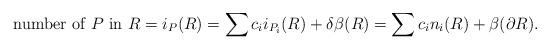
LaTeX: \begin{align*} \hbox{number of $P$ in $R$} = i_P(R) = \sum c_i i_{P_i}(R) + \delta \beta(R) = \sum c_i n_i(R) + \beta(\partial R).\end{align*}